Vaccination in Bombay 1856-1862 - 1856-1862
Year: 1856
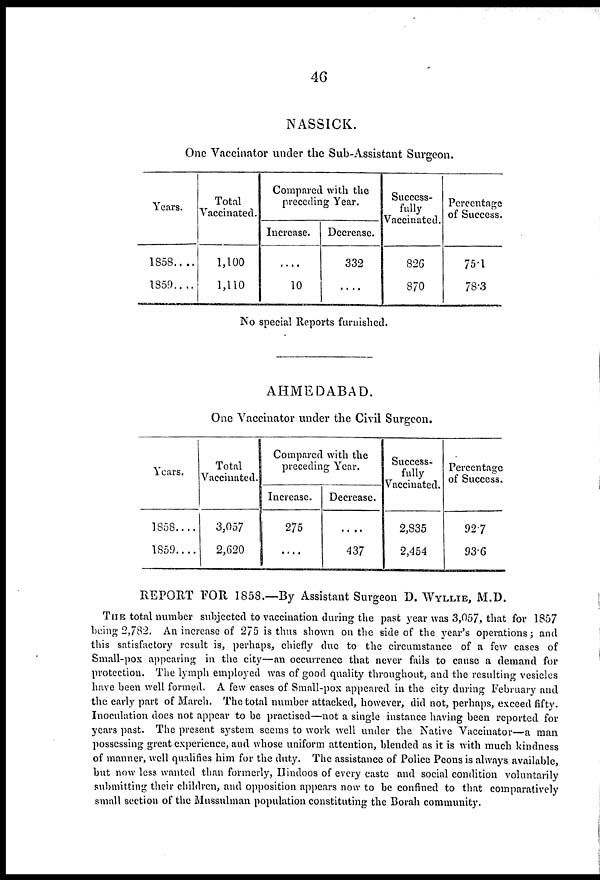
46
NASSICK.
One Vaccinator under the Sub-Assistant Surgeon.
Years.
1858.. ..
1859 ....
Total
Vaccinated.
1,100
1,110
Compared with the
preceding Year.
Increase.
....
10
Decrease.
332
....
Success-
fully
Vaccinated.
826
870
Percentage
of Success.
75.1
78.3
No special Reports furnished.
AHMEDABAD.
One Vaccinator under the Civil Surgeon.
Years.
1858....
1859....
Total
Vaccinated.
3,057
2,620
Compared with the
preceding Year.
Increase.
275
....
Decrease.
....
437
Success-
fully
Vaccinated.
2,835
2,454
Percentage
of Success.
92.7
93.6
REPORT FOR 1858.—By Assistant Surgeon D. WYLLIE, M.D.
THE total number subjected to vaccination during the past year was 3,057, that for 1857
being 2,782. An increase of 275 is thus shown on the side of the year's operations; and
this satisfactory result is, perhaps, chiefly due to the circumstance of a few cases of
Small-pox appearing in the city—an occurrence that never fails to cause a demand for
protection. The lymph employed was of good quality throughout, and the resulting vesicles
have been well formed. A few cases of Small-pox appeared in the city during February and
the early part of March. The total number attacked, however, did not, perhaps, exceed fifty.
Inoculation does not appear to be practised—not a single instance having been reported for
years past. The present system seems to work well under the Native Vaccinator—a man
possessing great experience, and whose uniform attention, blended as it is with much kindness
of manner, well qualifies him for the duty. The assistance of Police Peons is always available,
but now less wanted than formerly, Hindoos of every caste and social condition voluntarily
submitting their children, and opposition appears now to be confined to that comparatively
small section of the Mussulman population constituting the Borah community.